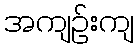
အကျဉ်းကျ